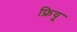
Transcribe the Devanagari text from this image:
फ्रियू